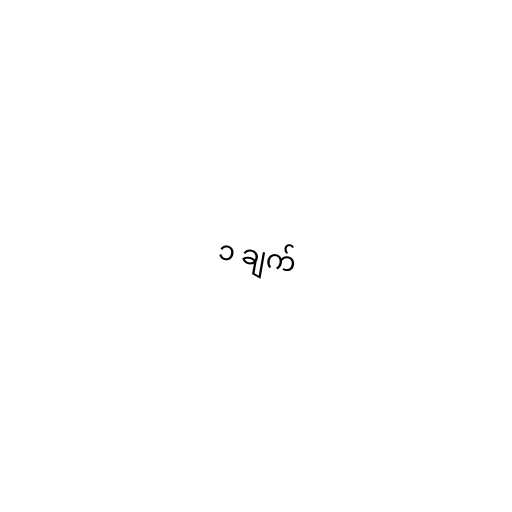
၁ ချက်